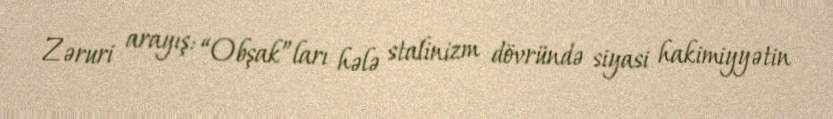
Zəruri arayış: “Obşak”ları hələ stalinizm dövründə siyasi hakimiyyətin